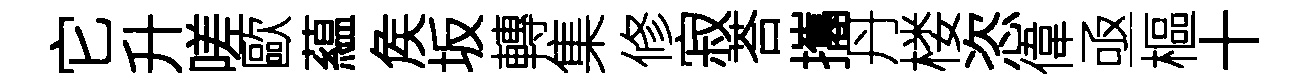
它升嗟歐藴矦坂轉集修寂荅攜丹楼恣偉亟樞十